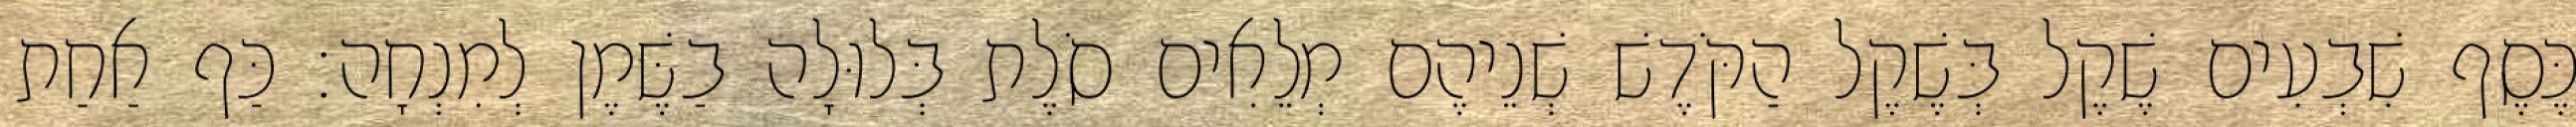
כֶּסֶף שִׁבְעִים שֶׁקֶל בְּשֶׁקֶל הַקֹּדֶשׁ שְׁנֵיהֶם מְלֵאִים סֹלֶת בְּלוּלָה בַשֶּׁמֶן לְמִנְחָה׃ כַּף אַחַת